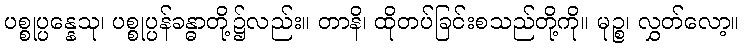
ပစ္စုပ္ပန္နေသု၊ ပစ္စုပ္ပန်ခန္ဓာတို့၌လည်း။ တာနိ၊ ထိုတပ်ခြင်းစသည်တို့ကို။ မုဉ္စ၊ လွှတ်လော့။